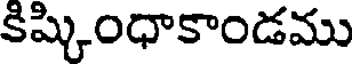
కిష్కింధాకాండము